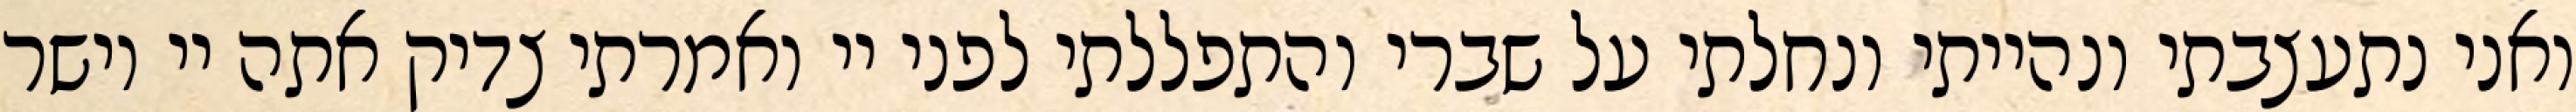
ואני נתעצבתי ונהייתי ונחלתי על שברי והתפללתי לפני יי ואמרתי צדיק אתה יי וישר